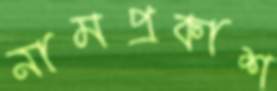
নামপ্রকাশ